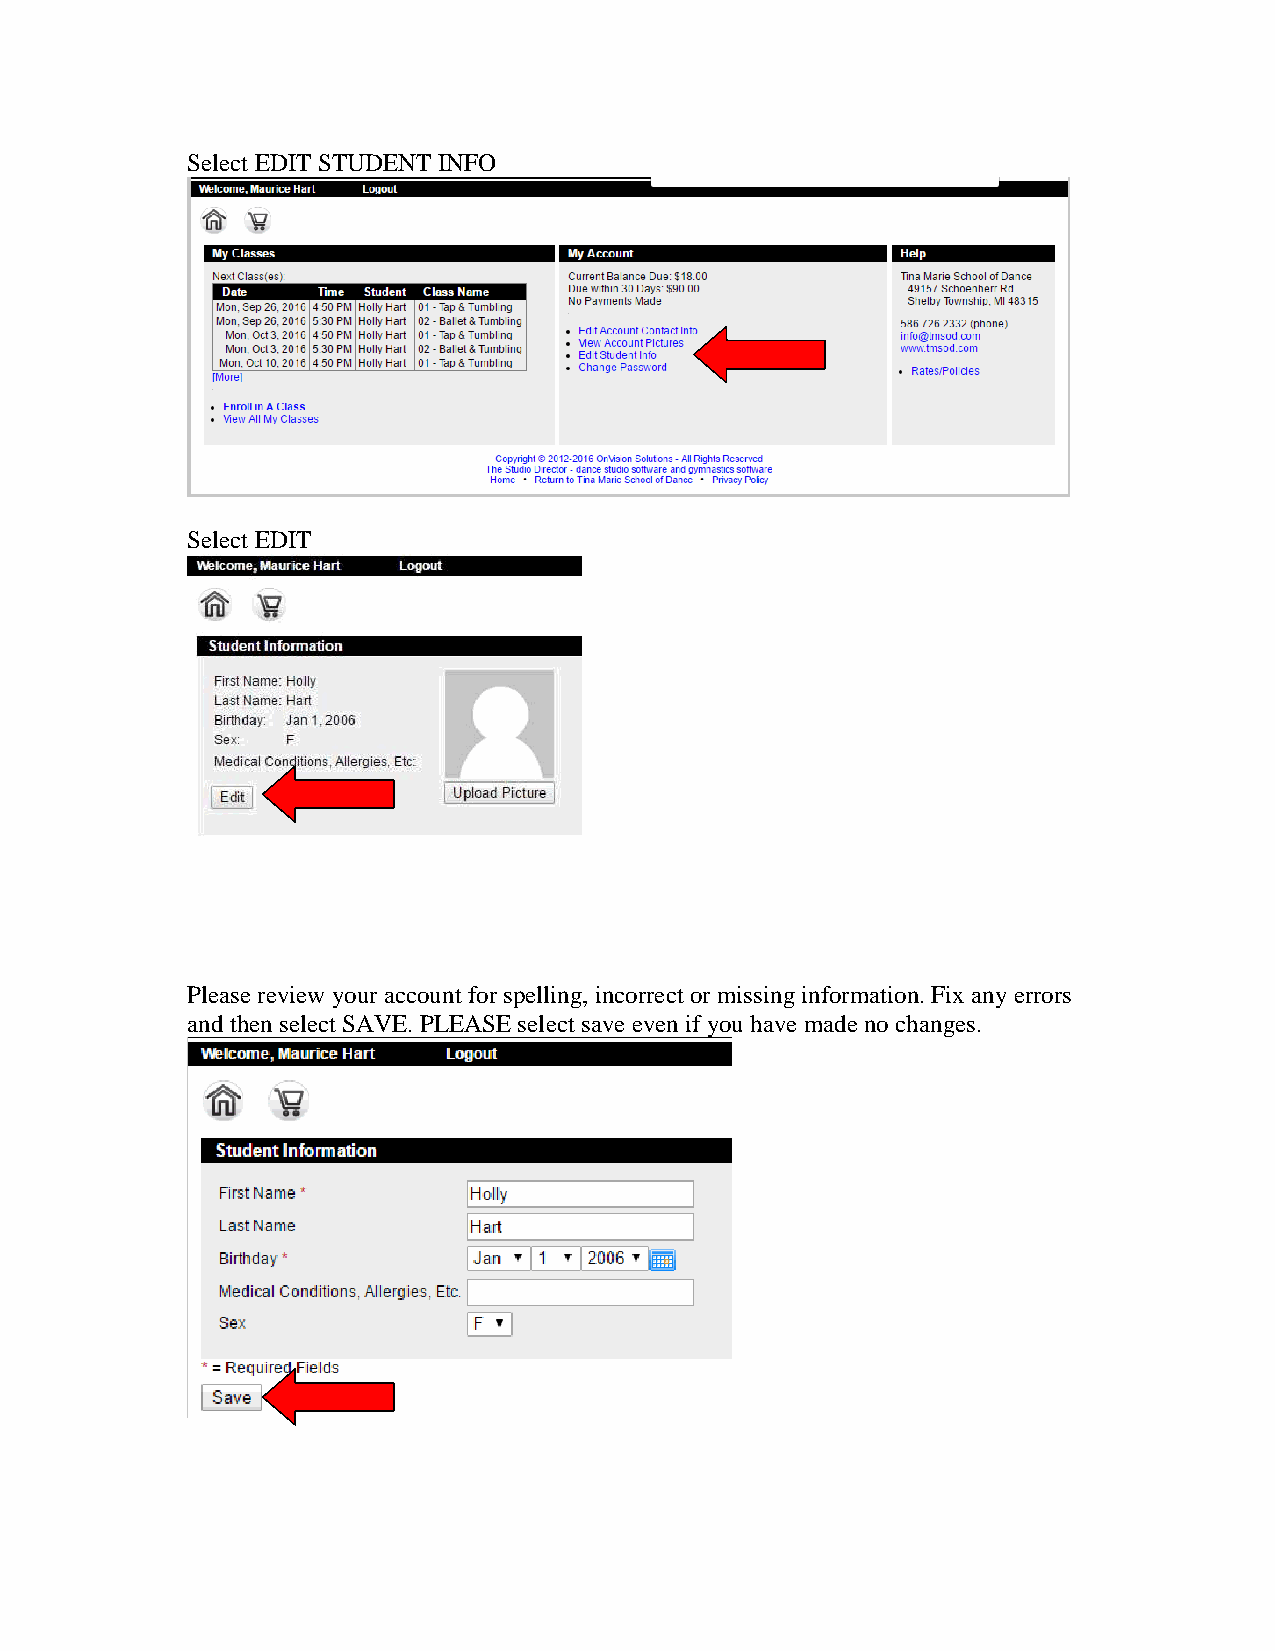
Select EDIT STUDENT INFO
 Select EDIT
 Please review your account for spelling, incorrect or missing information. Fix any errors
 and then select SAVE. PLEASE select save even if you have made no changes.